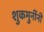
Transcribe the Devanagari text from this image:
शुकमुनींनी